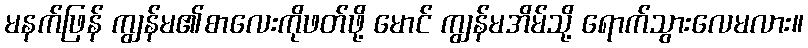
မနက်ဖြန် ကျွန်မ၏စာလေးကိုဖတ်ဖို့ မောင် ကျွန်မအိမ်သို့ ရောက်သွားလေမလား။